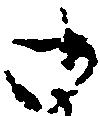
御